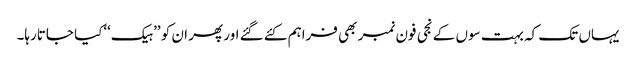
یہاں تک کہ بہت سوں کے نجی فون نمبر بھی فراہم کئے گئے اور پھر ان کو ’’ہیک‘‘کیا جاتارہا۔